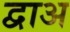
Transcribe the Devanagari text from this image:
द्वाअ